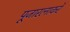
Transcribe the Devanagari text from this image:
पूजारत्नाकरे